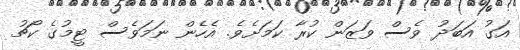
އަގު އަބަދު ވެސް ވަޒަން ކުރާ ކަމަށެވެ. އެހެން ނަމަވެސް ޓީމުގެ ކޯޗު